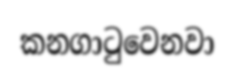
කනගාටුවෙනවා